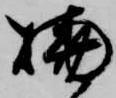
焼